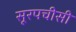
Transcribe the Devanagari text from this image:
सूरपचीसी